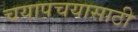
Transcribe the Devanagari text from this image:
चयापचयासाठी